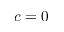
c = 0